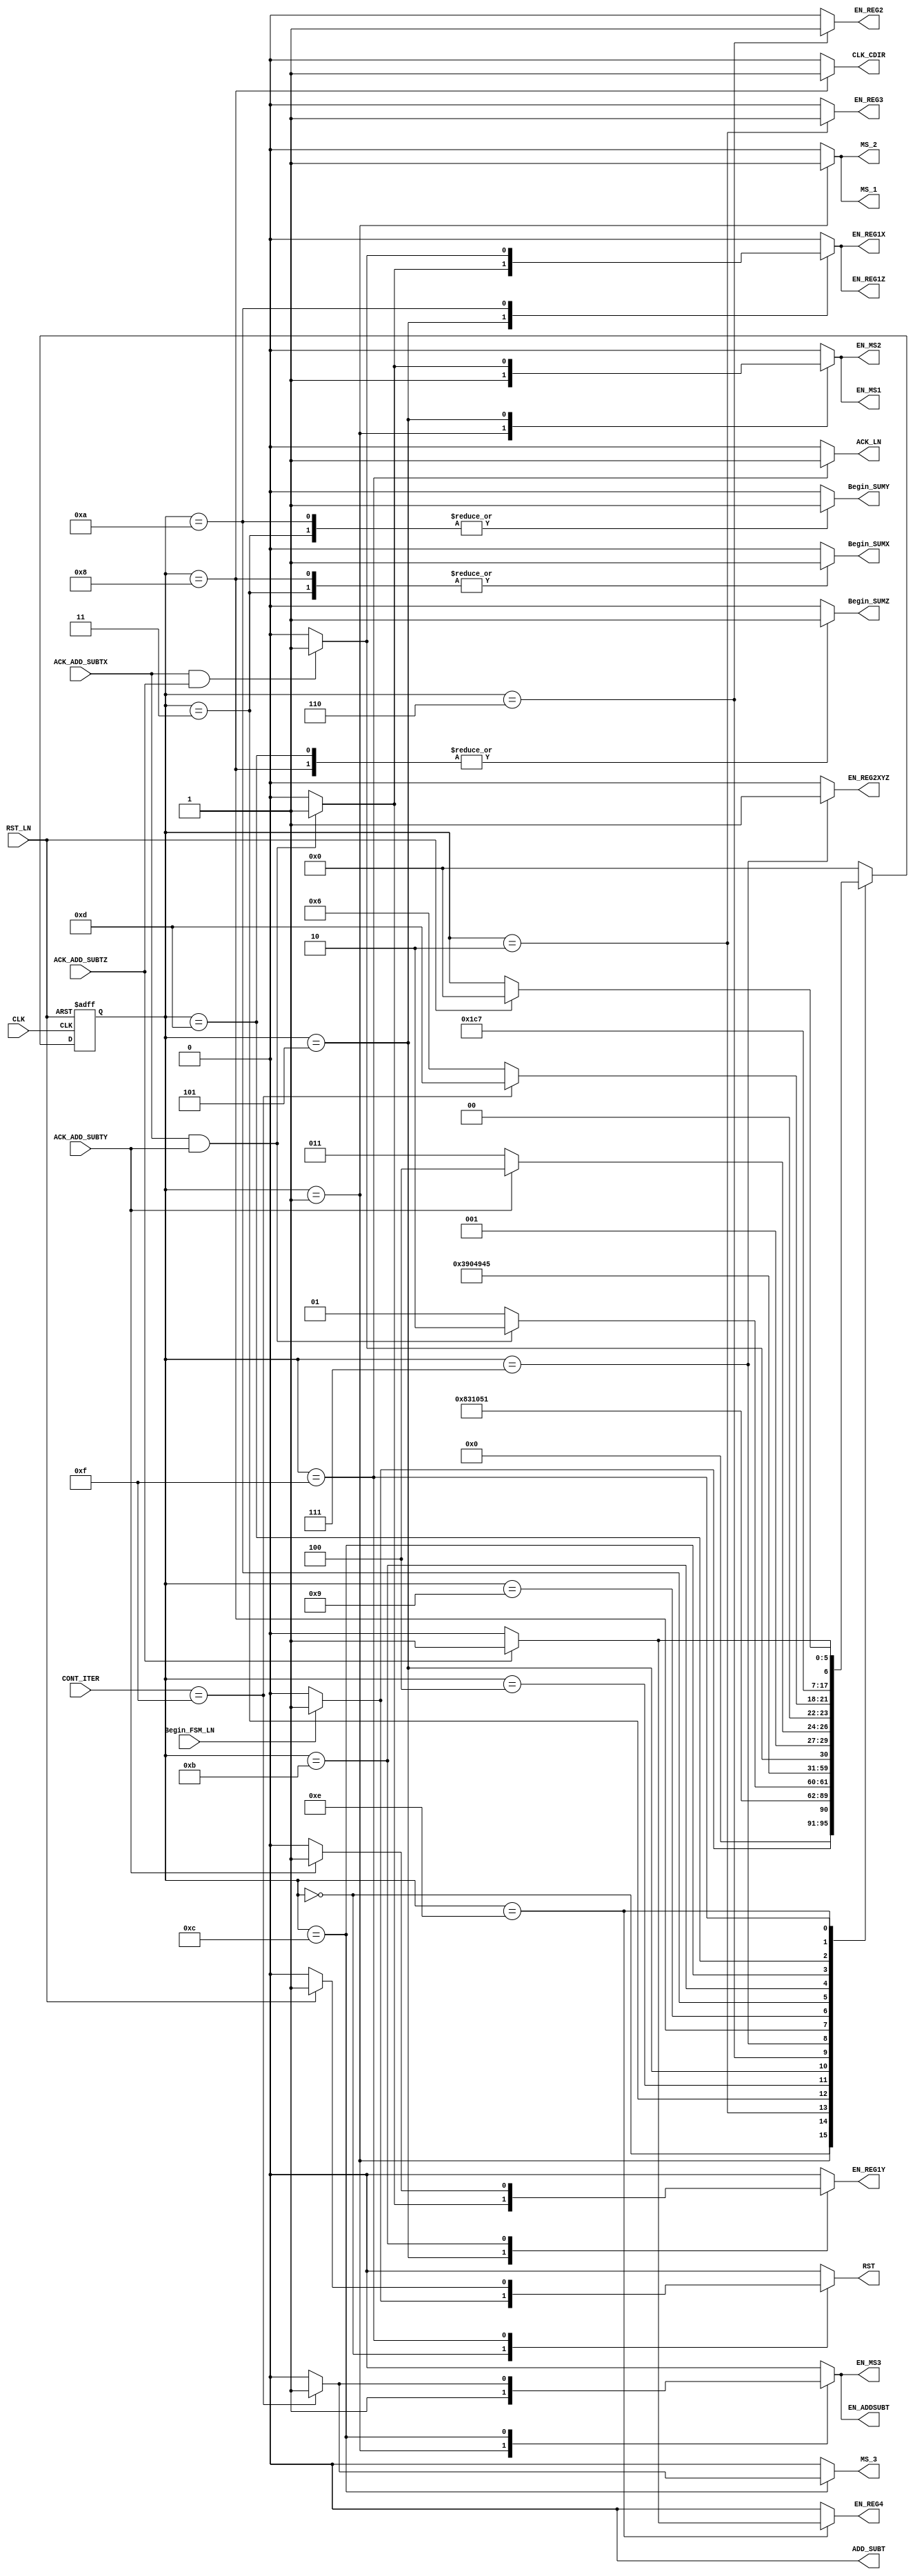
`timescale 1ns / 1ps
//////////////////////////////////////////////////////////////////////////////////
// Company: Tecnolgico de Costa Rica
// 
// Design Name: 
// Module Name: FSM_C_CORDIC
// Project Name: 
// Target Devices: 
// Tool Versions: 
// Description: 
// 
//////////////////////////////////////////////////////////////////////////////////

module FSM_C_CORDIC(
     //INPUTS
     input wire CLK,             //system clock
     input wire RST_LN,          //system reset 
     input wire ACK_ADD_SUBTX,   //RECIBE SI LA SUMA EN FLOTANTE X SE EJECUTO 
     input wire ACK_ADD_SUBTY,   //RECIBE SI LA SUMA EN FLOTANTE Y SE EJECUTO
     input wire ACK_ADD_SUBTZ,   //RECIBE SI LA SUMA EN FLOTANTE Z SE EJECUTO 
     input wire Begin_FSM_LN,    //inicia la maquina de estados 
     input wire [4:0] CONT_ITER, //LLEVA LA CUENTA DE LA ITERACIONES 
    
     //OUTPUT SIGNALS
     output reg RST,             //REALIZA EL RESET DE LOS REGISTROS 
     output reg MS_1,            //SELECCION DEL MUX 1 
     output reg EN_REG3,         //ENABLE PARA EL REGISTRO 3 CON EL VALOR INICIAL DE T ESCALADO POR 16
     output reg EN_REG4,         //ENABLE PARA EL REG 4 DEL RESULTADO FINAL 
     output reg ADD_SUBT,        //SELECCION DE OPERACION PARA EL ADD/SUBT FLOTANTE 
     output reg Begin_SUMX,      //INICIA ADD/SUM FLOTANTE X
     output reg Begin_SUMY,      //INICIA ADD/SUM FLOTANTE Y
     output reg Begin_SUMZ,      //INICIA ADD/SUM FLOTANTE Z 
     output reg EN_REG1X,        //ENABLE PARA EL REGISTRO X DE LA PRIMERA ETAPA 
     output reg EN_REG1Y,        //ENABLE PARA EL REGISTRO Y DE LA PRIMERA ETAPA
     output reg EN_REG1Z,        //ENABLE PARA EL REGISTRO Z DE LA PRIMERA ETAPA 
     output reg MS_2,            //SELECCION DEL MUX 2
     output reg MS_3,            //SELECCION DEL MUX 3
     output reg EN_REG2,         //ENABLE PARA EL REGISTRO CON LOS VALORES DESPLAZADOS DE LA SEGUNDA ETAPA 
     output reg CLK_CDIR,        //CLK PARA EL CONTADOR DE ITERACIONES 
     output reg EN_REG2XYZ,      //ENABLE PARA EL VALOR ANTERIOR DE XYZ DE SEGUNDA ETAPA 
     output reg ACK_LN,          //ACK PARA SABER SI LA OPERACION LN YA SE REALIZO 
    
     //REGISTROS DE SELECTORES
     output reg EN_ADDSUBT,
     output reg EN_MS1,
     output reg EN_MS2,
     output reg EN_MS3
	 );

parameter [5:0] //se definen los estados que se utilizaran en la maquina
     a = 6'd0,
     b = 6'd1,
     c = 6'd2,
     d = 6'd3,
     e = 6'd4,
     f = 6'd5,
     g = 6'd6, 
     h = 6'd7,   
     i = 6'd8,
     j = 6'd9, 
     k = 6'd10,                          
     l = 6'd11,  
     m = 6'd12,
     n = 6'd13,
     o = 6'd14,
     p = 6'd15,
     q = 6'd16,
     r = 6'd17,
     s = 6'd18,
     t = 6'd19;
					
reg [5:0] state_reg, state_next ; //state registers declaration

always @(posedge CLK, posedge RST_LN)
	
	if (RST_LN) begin
		state_reg <= a;	
	end
	
	else begin
		state_reg <= state_next;
	end

///	
always @*
    begin
    state_next = state_reg;
	
    EN_REG2 = 0;
    EN_REG3 = 0;
    EN_REG4 = 0;
    EN_REG1X = 0;
    EN_REG1Y = 0;
    EN_REG1Z = 0;
    EN_REG2XYZ = 0;
    Begin_SUMX = 0;
    Begin_SUMY = 0;
    Begin_SUMZ = 0;
    ACK_LN = 0;
    CLK_CDIR = 0;
    RST = 0;
    MS_1 = 0;
    MS_2 = 0;
    MS_3 = 0;   
    ADD_SUBT = 0;
    EN_ADDSUBT = 0;
    EN_MS1 = 0;
    EN_MS2 = 0;
    EN_MS3 = 0;
    //nuevos estados 
      
case(state_reg)
            a: 
            begin            
                if(Begin_FSM_LN) 
                    begin
                    RST = 1; 
                    state_next = b;
                    end
                else
                    state_next = a;
            end
            
            b:
            begin
                MS_1 = 1;
                EN_MS1 = 1;
                MS_2 = 1;
                EN_MS2 = 1;
                MS_3 = 0;
                EN_MS3 = 1;  
                ADD_SUBT = 0;
                EN_ADDSUBT = 1;
                state_next = c;
            end
                   
            c:
            begin
                EN_REG3 = 1;
                state_next = d;
            end
        
            d:
            begin
                Begin_SUMX = 1;
                Begin_SUMY = 1;      
                state_next = e;
            end
            
            e:
            begin
                state_next = f;
            end
            
            f:
            begin
                if(ACK_ADD_SUBTX && ACK_ADD_SUBTY )
                    begin 
                    EN_REG1X = 1;
                    EN_REG1Y = 1;
                    EN_REG1Z = 1;
                    MS_1 = 0;
                    EN_MS1 = 1;
                    MS_2 = 0;
                    EN_MS2 = 1;
                    state_next = g;
                    end
                else
                    state_next = f;
            end
                                                  
            g:
            begin
                EN_REG2 = 1;
                state_next = h;
            end
            
            h:
            begin
                EN_REG2XYZ = 1;
                state_next = i;
            end
                             
            i:
            begin           
                Begin_SUMX = 1;
                Begin_SUMZ = 1;
                CLK_CDIR = 1;
                state_next = j;
            end
            
            j:
            begin
                state_next = k;
            end
            
            k:
            begin   
                    Begin_SUMY = 1;
                if(ACK_ADD_SUBTX && ACK_ADD_SUBTZ)
                    begin
                    EN_REG1X = 1;
                    EN_REG1Z = 1;
                    state_next = l;
                    end
                else
                    state_next = k;
            end
                     
            l:
            begin
                if(ACK_ADD_SUBTY)
                    begin
                    EN_REG1Y = 1;
                    state_next = m;
                    end
                else
                    state_next = l;
            end 
                                            
            m:
            begin                       
                if(CONT_ITER == 5'b01111) //15 iteraciones
                    begin 
                    MS_3 = 1;
                    EN_MS3 = 1;
                    ADD_SUBT = 0;
                    EN_ADDSUBT = 1; 
                    state_next = n;
                    end
                else
                   state_next = g;
            end      
            
            n:
            begin
               Begin_SUMZ = 1;
               state_next = o;
            end          
            
            o:
            begin           
               if(ACK_ADD_SUBTZ)
                  begin 
                  EN_REG4 = 1;
                  state_next = p;
                  end
               else
                  state_next = o;
            end 
     
            p:
            begin
                ACK_LN = 1;
                if(RST_LN)
                    begin 
                    RST = 1; 
                    state_next = a;
                    end
            end
            
       default:
       state_next=a;
       endcase
    end
	
endmodule